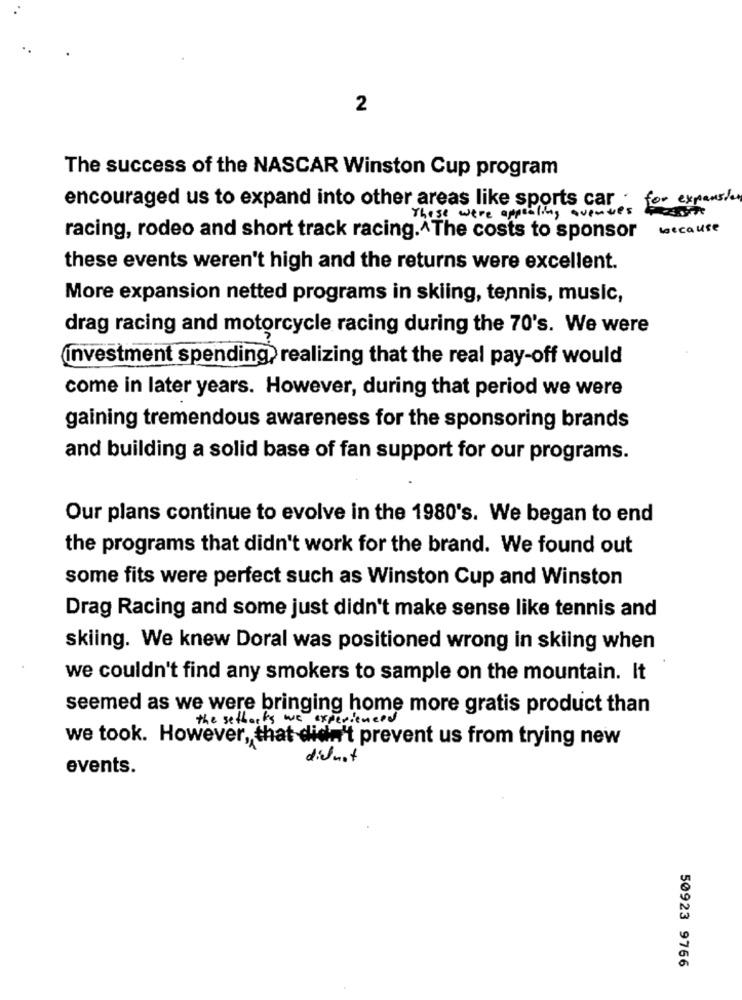
2
The success of the NASCAR Winston Cup program
for expansion
encouraged us to expand into other areas like sports car .
These were appealing avenues
because
racing, rodeo and short track racing.^The costs to sponsor
these events weren't high and the returns were excellent.
More expansion netted programs in skiing, tennis, music,
drag racing and motorcycle racing during the 70's. We were
Investment spending, realizing that the real pay-off would
come in later years. However, during that period we were
gaining tremendous awareness for the sponsoring brands
and building a solid base of fan support for our programs.
Our plans continue to evolve in the 1980's. We began to end
the programs that didn't work for the brand. We found out
some fits were perfect such as Winston Cup and Winston
Drag Racing and some just didn't make sense like tennis and
skiing. We knew Doral was positioned wrong in skiing when
we couldn't find any smokers to sample on the mountain. It
seemed as we were bringing home more gratis product than
the setbacks we experienced
we took. However, that didn't prevent us from trying new
didnot
events.
50923 9766